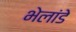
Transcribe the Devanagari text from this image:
भेलांडे